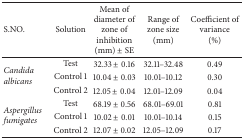
| S.NO. | Solution | Mean of diameter of zone of inhibition (mm) ± SE | Range of zone size (mm) | Coefficient ofvariance (%) |
 | --- | --- | --- | --- | --- |
 | <ROWSPAN=3> Candida albicans | Test | 32.33 ± 0.16 | 32.11–32.48 | 0.49 |
 | Control 1 | 10.04 ± 0.03 | 10.01–10.12 | 0.30 |
 | Control 2 | 12.05 ± 0.04 | 12.01–12.09 | 0.04 |
 | <ROWSPAN=3> Aspergillus fumigates | Test | 68.19 ± 0.56 | 68.01–69.01 | 0.81 |
 | Control 1 | 10.02 ± 0.01 | 10.01–10.14 | 0.15 |
 | Control 2 | 12.07 ± 0.02 | 12.05–12.09 | 0.17 |